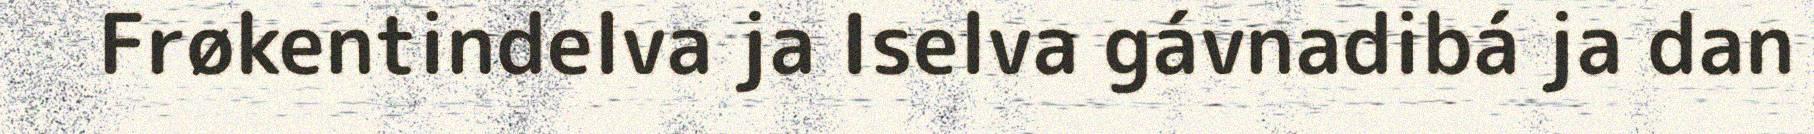
Frøkentindelva ja Iselva gávnadibá ja dan